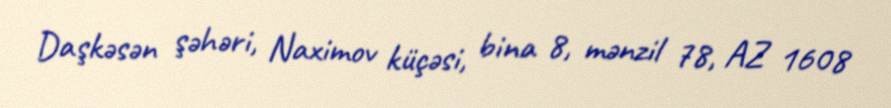
Daşkəsən şəhəri, Naximov küçəsi, bina 8, mənzil 78, AZ 1608